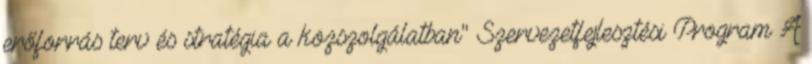
erőforrás terv és stratégia a közszolgálatban" Szervezetfejlesztési Program A